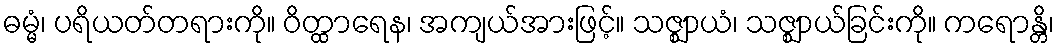
ဓမ္မံ၊ ပရိယတ်တရားကို။ ဝိတ္ထာရေန၊ အကျယ်အားဖြင့်။ သဇ္ဈာယံ၊ သဇ္ဈာယ်ခြင်းကို။ ကရောန္တိ၊